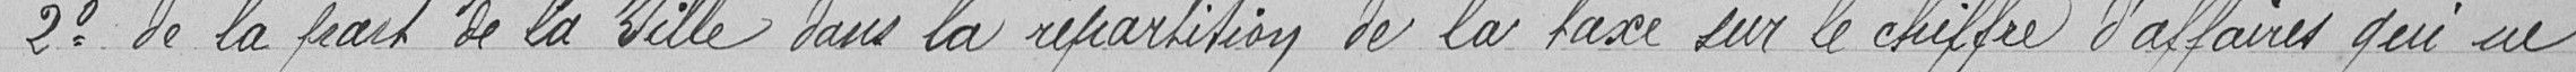
2° de la part de la Ville dans la répartition de la taxe sur le chiffre d'affaires qui ne